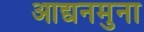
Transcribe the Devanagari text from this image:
आद्यनमुना